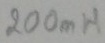
Text: 200mH